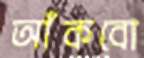
আঁকবো